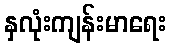
နှလုံးကျန်းမာရေး